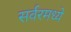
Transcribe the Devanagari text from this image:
सर्वरमध्ये